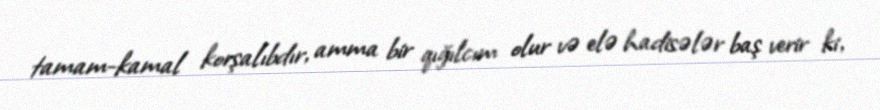
tamam-kamal korşalıbdır, amma bir qığılcım olur və elə hadisələr baş verir ki,